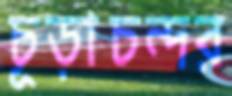
চূড়াচন্দর